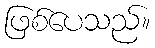
ဖြစ်ပေသည်။